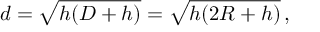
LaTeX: d = { \sqrt { h ( D + h ) } } = { \sqrt { h ( 2 R + h ) } } \, ,